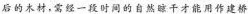
后的木材，需经一段时间的自然晾干才能用作建桥